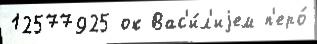
12577925 ок Вас'и́л'иjем п'еро́